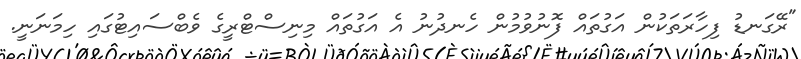
"ރޭގަނޑު ފިހާރަތަކުން އަގުތައް ފޮނުވުމުން ހެނދުނު އެ އަގުތައް މިނިސްޓްރީގެ ވެބްސައިޓުގައި ހިމަނަނީ.